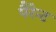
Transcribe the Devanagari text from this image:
पैरेन्ट